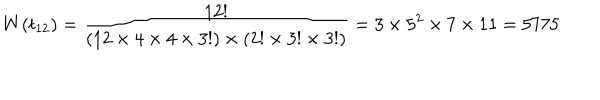
W ( t _ { 1 2 } ) = \frac { 1 2 ! } { ( 1 2 \times 4 \times 4 \times 3 ! ) \times ( 2 ! \times 3 ! \times 3 ! ) } = 3 \times 5 ^ { 2 } \times 7 \times 1 1 = 5 7 7 5